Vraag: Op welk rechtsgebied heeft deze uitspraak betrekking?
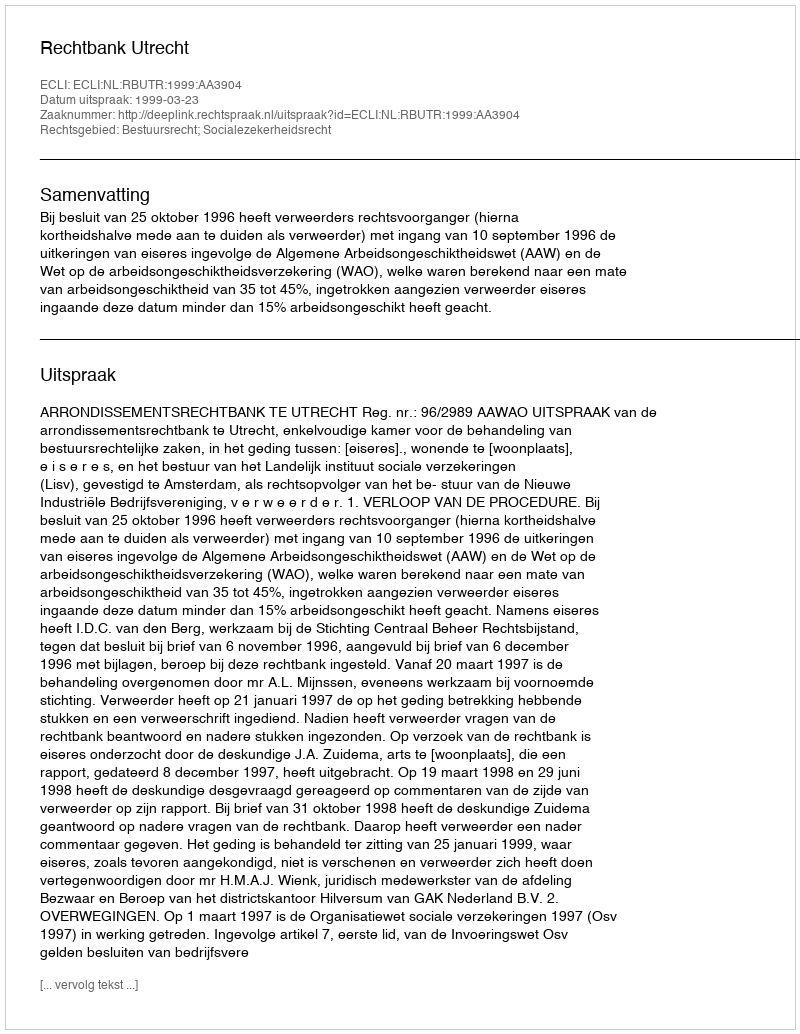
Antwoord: Bestuursrecht; Socialezekerheidsrecht